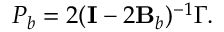
\boldsymbol { P } _ { b } = 2 ( \mathbf { I } - 2 \mathbf { B } _ { b } ) ^ { - 1 } \boldsymbol { \Gamma } .